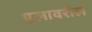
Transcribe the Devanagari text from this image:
पुलावरील